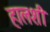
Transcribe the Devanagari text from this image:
हालशी